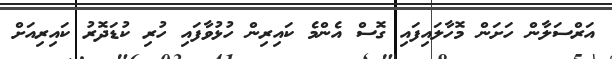
އަރްސަލާން ހަށަން މޮހާލައިފައި ގޮސް އެންމެ ކައިރިން ހުޅުވާފައި ހުރި ކުޑަދޮރު ކައިރިއަށް